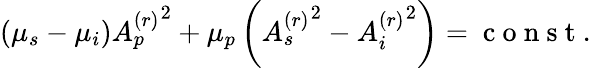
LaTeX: \begin{array}{r}{(\mu_{s}-\mu_{i}){A_{p}^{(r)}}^{2}+\mu_{p}\left({A_{s}^{(r)}}^{2}-{A_{i}^{(r)}}^{2}\right)=\mathrm{~c~o~n~s~t~}.}\end{array}